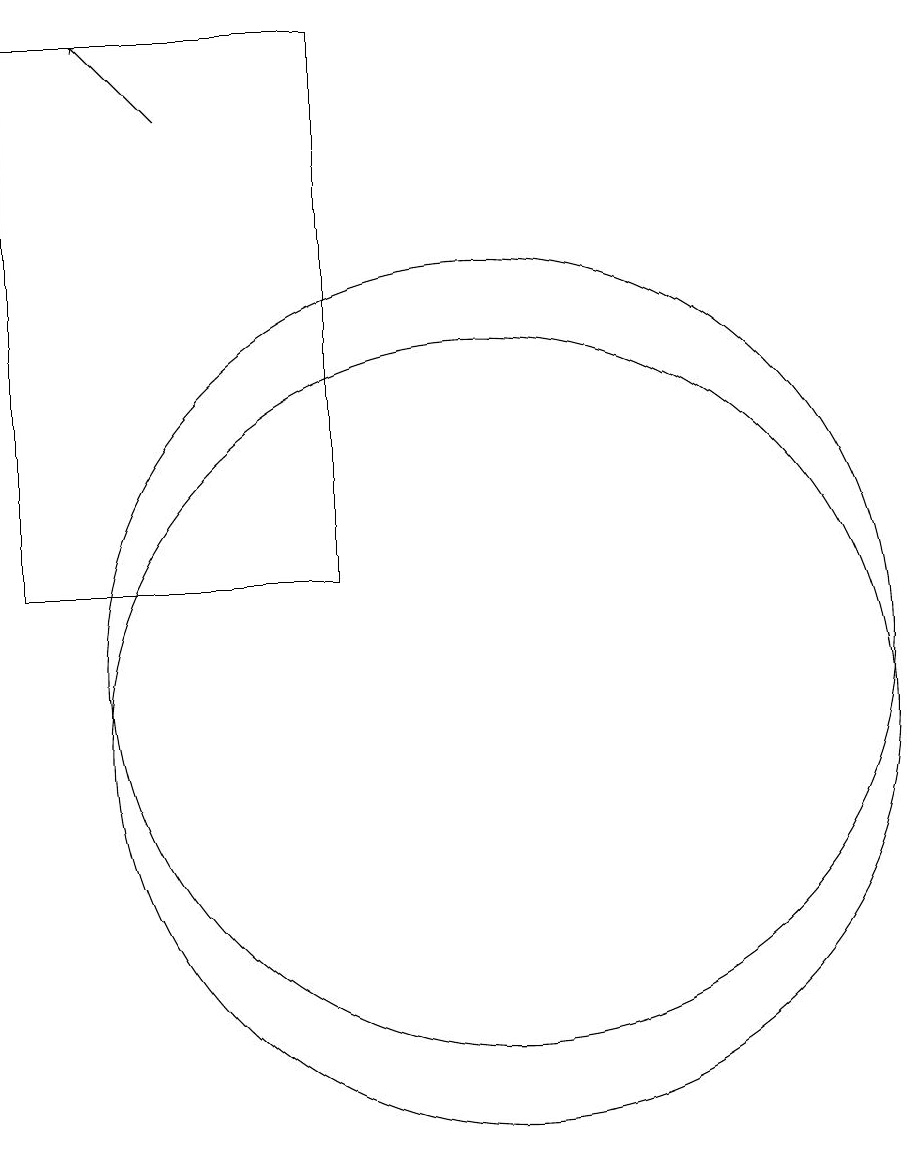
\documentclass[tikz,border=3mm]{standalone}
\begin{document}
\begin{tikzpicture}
\draw (11,11) circle (5);
\draw[->] (7,18) -- (6,19);
\draw (9,19) rectangle (5,12);
\draw (11,10) circle (5);
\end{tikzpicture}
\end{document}